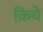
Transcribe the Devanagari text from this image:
क़िये